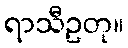
ရာသီဥတု။